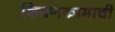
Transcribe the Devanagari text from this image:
शिवणकामाची